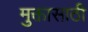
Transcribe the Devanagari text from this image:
मुक्तासाठी